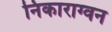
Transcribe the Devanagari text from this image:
निकाराग्वन